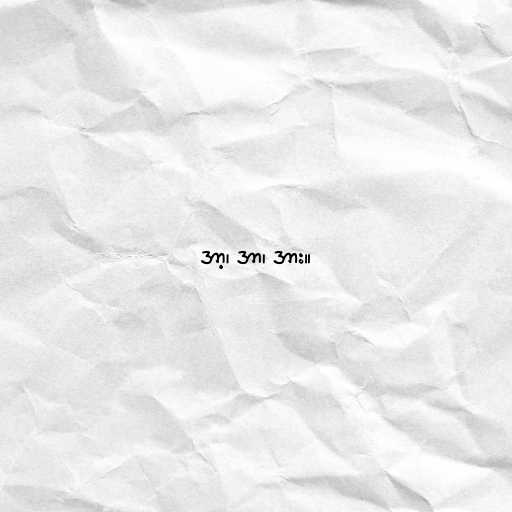
အာ့၊ အာ၊ အား။